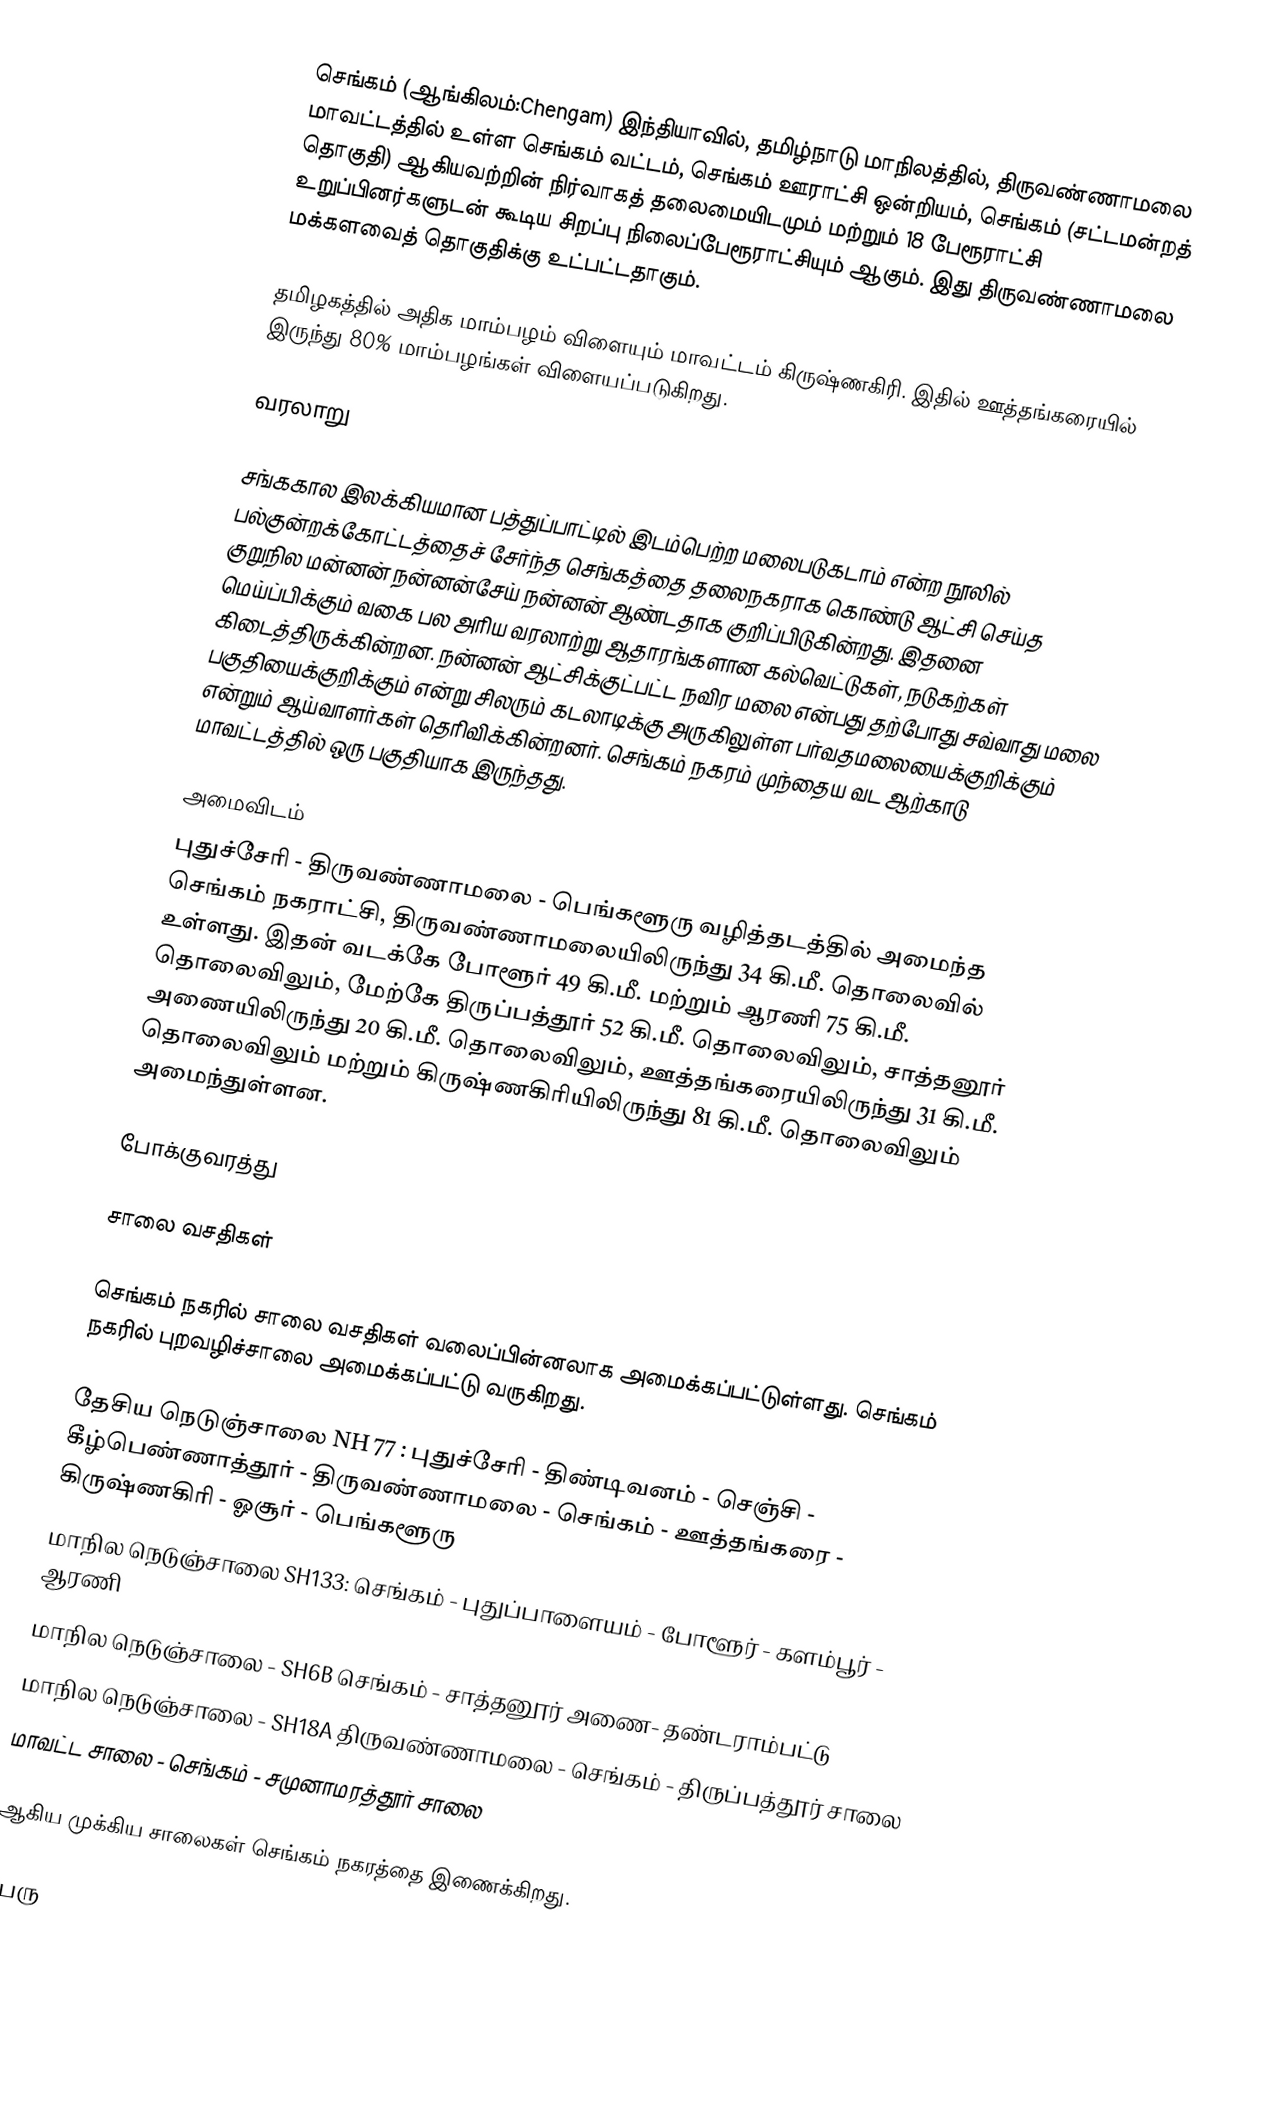
செங்கம் (ஆங்கிலம்:Chengam) இந்தியாவில், தமிழ்நாடு மாநிலத்தில், திருவண்ணாமலை மாவட்டத்தில் உள்ள செங்கம் வட்டம், செங்கம் ஊராட்சி ஒன்றியம், செங்கம் (சட்டமன்றத் தொகுதி) ஆகியவற்றின் நிர்வாகத் தலைமையிடமும் மற்றும் 18 பேரூராட்சி உறுப்பினர்களுடன் கூடிய சிறப்பு நிலைப்பேரூராட்சியும் ஆகும். இது திருவண்ணாமலை மக்களவைத் தொகுதிக்கு உட்பட்டதாகும்.

தமிழகத்தில் அதிக மாம்பழம் விளையும் மாவட்டம் கிருஷ்ணகிரி. இதில் ஊத்தங்கரையில் இருந்து 80% மாம்பழங்கள் விளையப்படுகிறது.

வரலாறு

சங்ககால இலக்கியமான பத்துப்பாட்டில் இடம்பெற்ற மலைபடுகடாம் என்ற நூலில் பல்குன்றக்கோட்டத்தைச் சேர்ந்த செங்கத்தை தலைநகராக கொண்டு ஆட்சி செய்த குறுநில மன்னன் நன்னன்சேய் நன்னன் ஆண்டதாக குறிப்பிடுகின்றது. இதனை மெய்ப்பிக்கும் வகை பல அரிய வரலாற்று ஆதாரங்களான கல்வெட்டுகள், நடுகற்கள் கிடைத்திருக்கின்றன. நன்னன் ஆட்சிக்குட்பட்ட நவிர மலை என்பது தற்போது சவ்வாது மலை பகுதியைக்குறிக்கும் என்று சிலரும் கடலாடிக்கு அருகிலுள்ள பர்வதமலையைக்குறிக்கும் என்றும் ஆய்வாளர்கள் தெரிவிக்கின்றனர். செங்கம் நகரம் முந்தைய வட  ஆற்காடு மாவட்டத்தில் ஒரு பகுதியாக இருந்தது.

அமைவிடம்
புதுச்சேரி - திருவண்ணாமலை - பெங்களூரு வழித்தடத்தில் அமைந்த செங்கம் நகராட்சி, திருவண்ணாமலையிலிருந்து 34 கி.மீ. தொலைவில் உள்ளது. இதன் வடக்கே போளூர் 49 கி.மீ. மற்றும் ஆரணி 75 கி.மீ. தொலைவிலும், மேற்கே திருப்பத்தூர் 52 கி.மீ. தொலைவிலும், சாத்தனூர் அணையிலிருந்து 20 கி.மீ. தொலைவிலும், ஊத்தங்கரையிலிருந்து 31 கி.மீ. தொலைவிலும் மற்றும் கிருஷ்ணகிரியிலிருந்து 81 கி.மீ. தொலைவிலும்  அமைந்துள்ளன.

போக்குவரத்து

சாலை வசதிகள்

செங்கம் நகரில் சாலை வசதிகள் வலைப்பின்னலாக அமைக்கப்பட்டுள்ளது. செங்கம் நகரில் புறவழிச்சாலை அமைக்கப்பட்டு வருகிறது.

 தேசிய நெடுஞ்சாலை NH 77 : புதுச்சேரி - திண்டிவனம் - செஞ்சி - கீழ்பெண்ணாத்தூர் - திருவண்ணாமலை - செங்கம் - ஊத்தங்கரை - கிருஷ்ணகிரி - ஓசூர் - பெங்களூரு
 மாநில நெடுஞ்சாலை SH133: செங்கம் - புதுப்பாளையம் - போளூர் - களம்பூர் - ஆரணி
 மாநில நெடுஞ்சாலை - SH6B செங்கம் - சாத்தனூர் அணை- தண்டராம்பட்டு
 மாநில நெடுஞ்சாலை - SH18A திருவண்ணாமலை - செங்கம் - திருப்பத்தூர் சாலை
 மாவட்ட சாலை - செங்கம் - சமுனாமரத்தூர் சாலை

ஆகிய முக்கிய சாலைகள் செங்கம் நகரத்தை இணைக்கிறது.

பேரு